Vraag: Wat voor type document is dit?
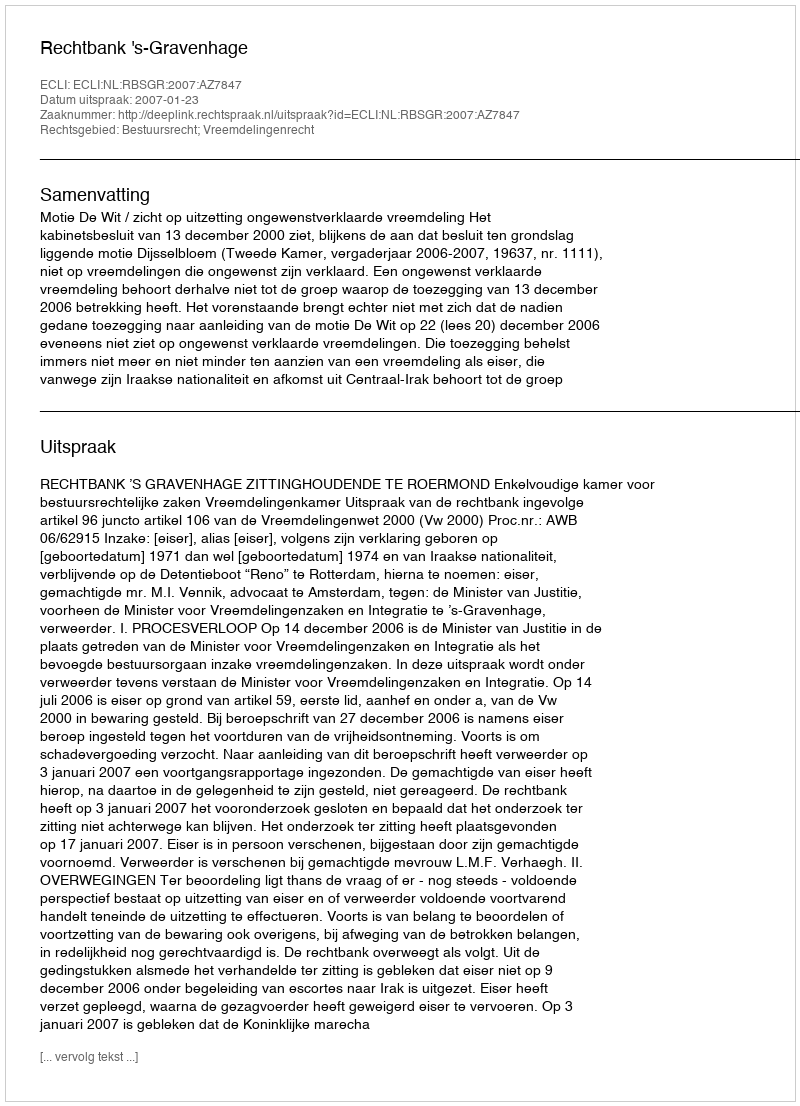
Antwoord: Uitspraak